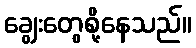
ချွေးတွေစို့နေသည်။